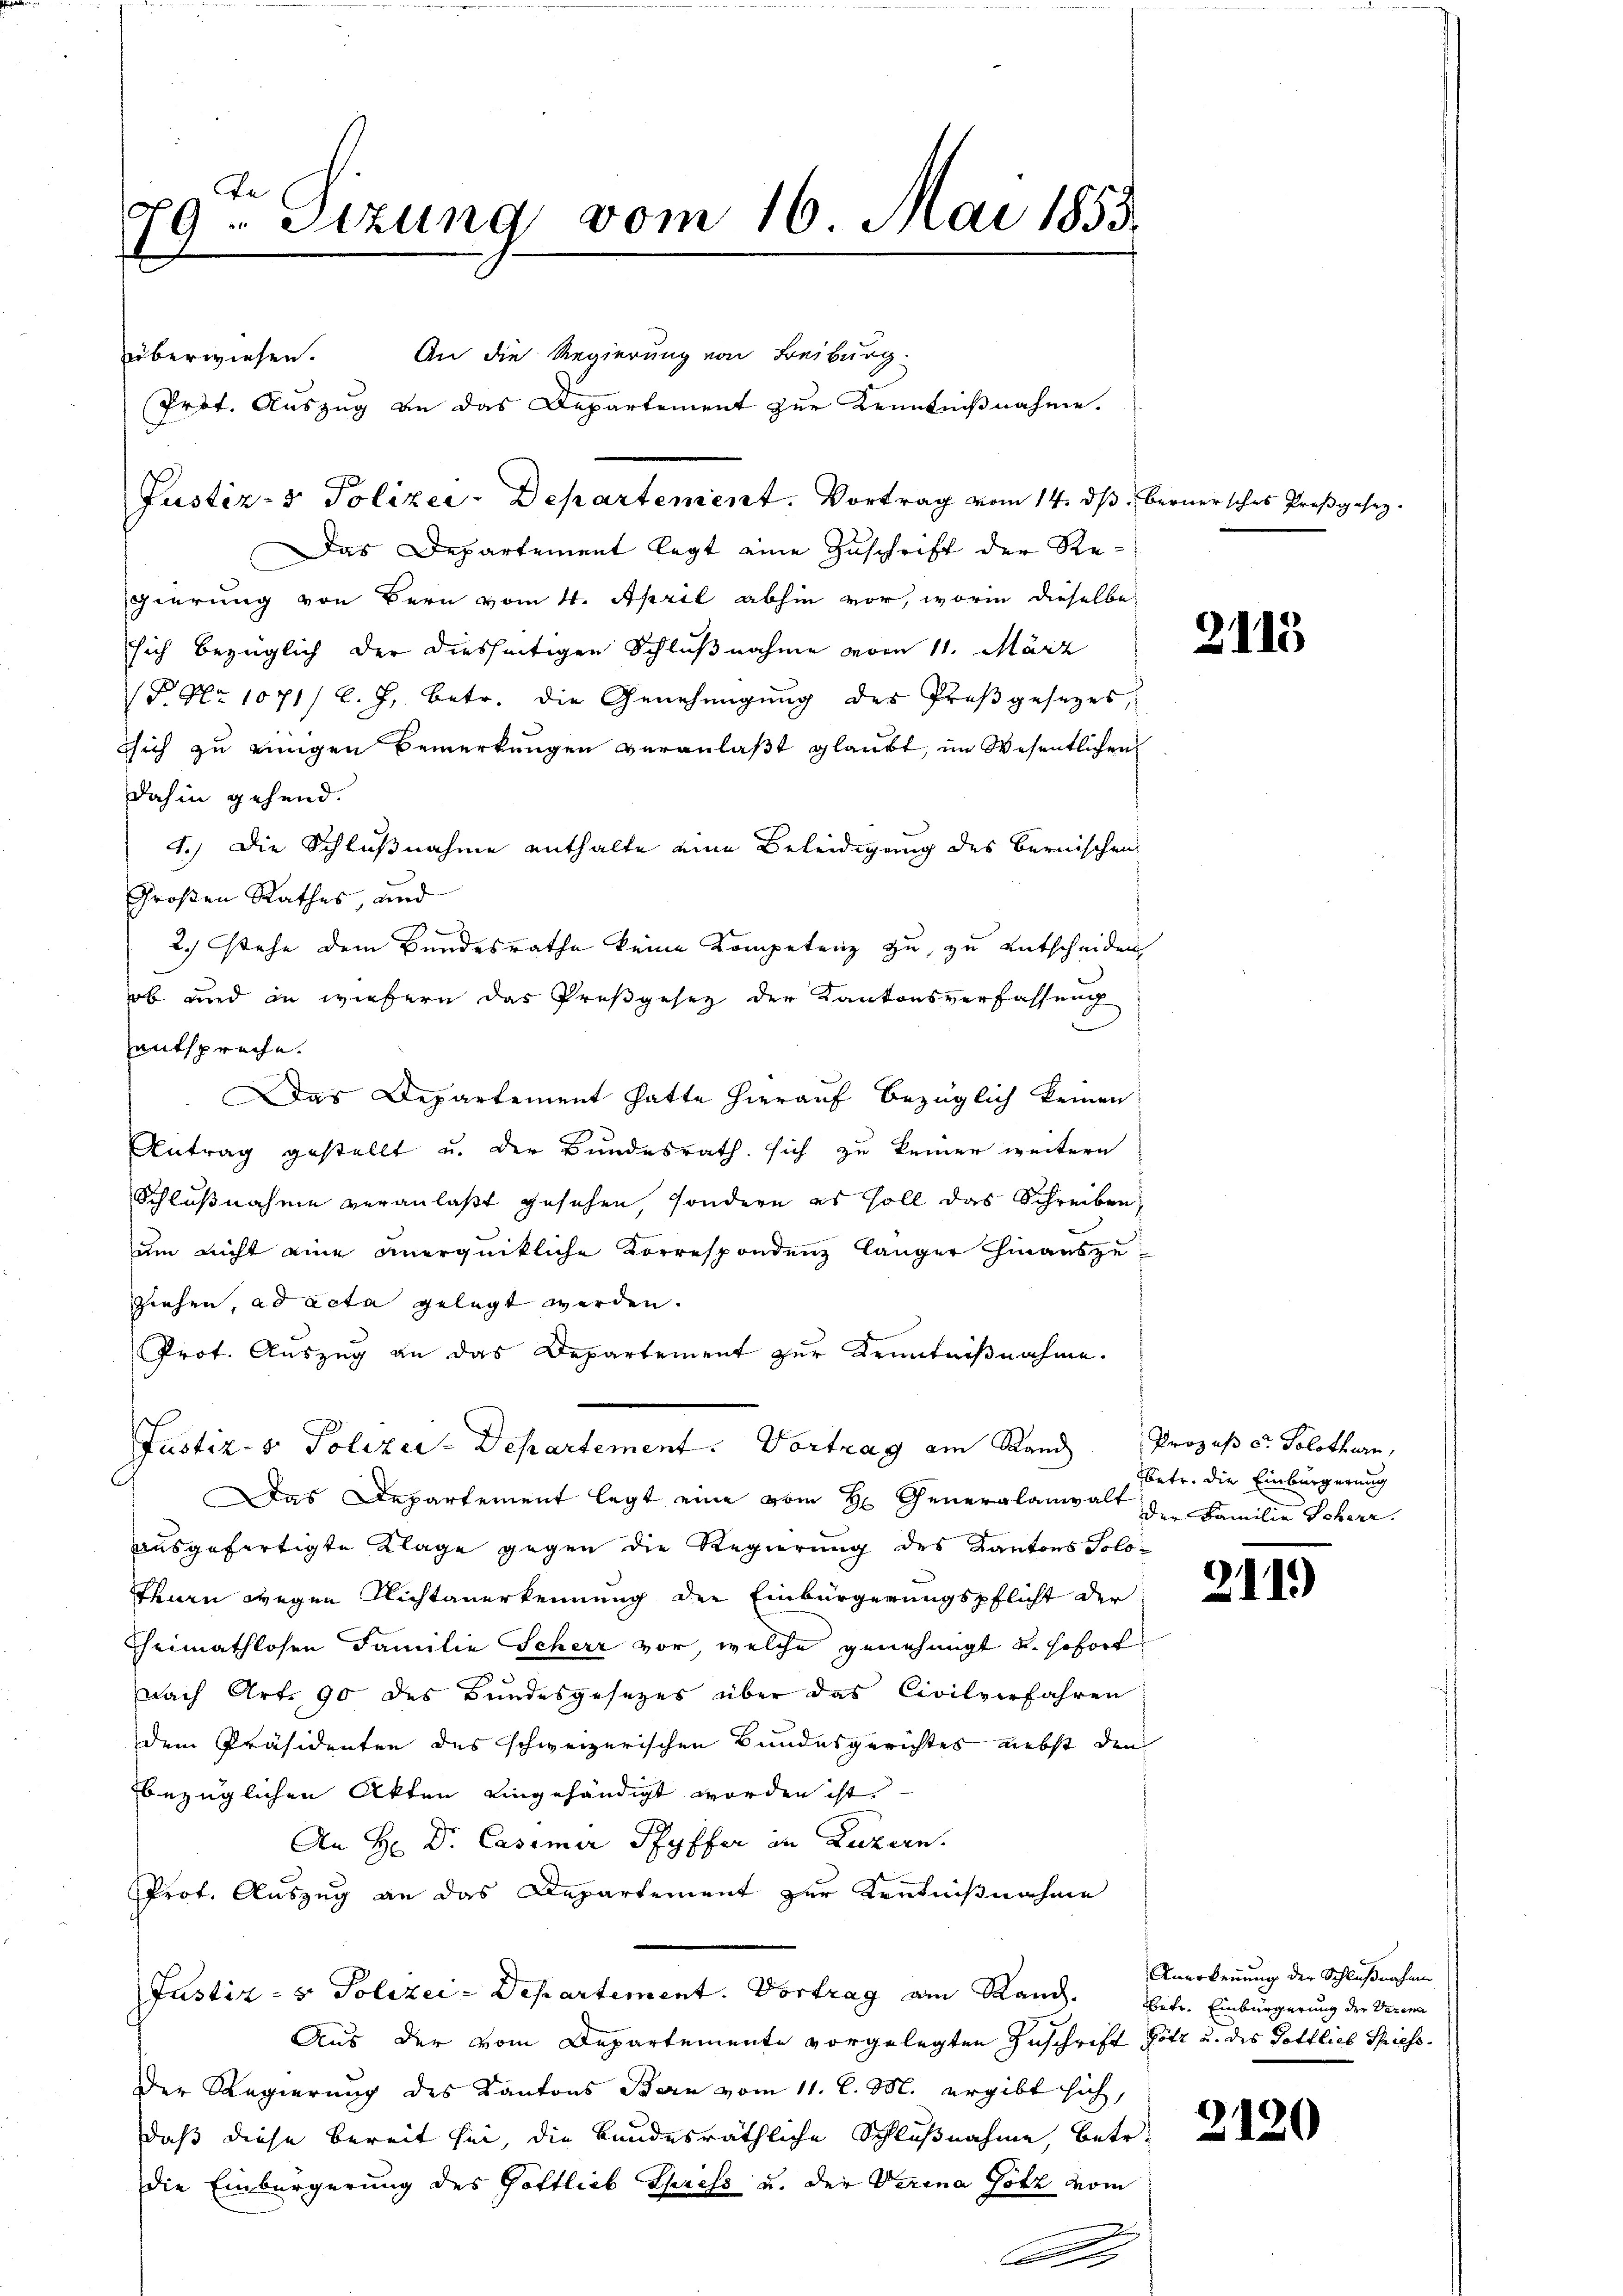
79 " Sizung vom 16. Mai 1853.
s

überwiesen. An die Regierung von Freiburg.
Prot. Auszug an das Departement zur Kenntnißnahme.
Justiz- & Polizei-Departement. Vortrag vom 14. ds. bernersches Preßgesez¬
Das Departement legt eine Zuschrift der Regierung von Bern vom 4. April abhin vor, worin dieselbe
sich bezüglich der diesseitigen Schlußnahme vom 11. März
(P. Nr. 1071/ l. J. betr. die Genehmigung der Preßgesetzes,
ssich zu einigen Bemerkungen veranlaßt glaubt, im Wesentlichen
dahin gehend.
4.) Die Schlußnahme enthalte eine Beleidigung des Bernischen
Großen Rathes, und
2) stehe dem Bundesrathe keine Kompetenz zu, zu entscheiden
ob und in wiedern das Preßgesetz der Kantonsverfassung
entspreche.
Das Departement hatte hierauf bezüglich keinen
Antrag gestellt u. der Bundesrath sich zu keiner weitere
Schlußnahme veranlaßt gesehen, sondern es soll das Schreiben
um nicht eine anerquitliche Korrespondenz länger hinauszuziehen, ad acta gelegt werden.
Prot. Auszug an das Departement zur Kenntnißnahme.
Justiz- & Polizei-Departement. Vortrag am Rand Prozeß er Solothurn,
Das Departement legt eine vom H. Generalanwalt der Familie Scheer.
ausgefertigte Klage gegen die Regierung des Kantons Solo¬
Thurn wegen Nichtanerkennung die Einbürgerungspflicht der
fheimathlosen Familie Scherr vor, welche genehmigt u. sofort
nach Art. 90 des Bundesgesezes über das Civilverfahren
dem Präsidenten des schweizerischen Bundesgerichtes nebst den
bezüglichen Akten eingehändigt worden ist.
An H: Dr. Casimir Pfyffer in Luzern.
Prot. Auszug an das Departement zur Kenntnißnahme
Justiz- & Polizei-Departement. Vortrag am Rand. betr. Einbürgerung der Verena
Aus der vom Departemente vorgelegten Zuschrift Gott u. des Gottlieb Schiess
Der Regierung des Kantons Bern vom 11. l. M. ergibt sich,
daß diese bereit sei, die bundesräthliche Schlußnahme, betr.
die Einbürgerung des Göttlieb Spress u. der Verina Götz vom

2115

betr. die Einbürgerung

2.11.)

Anerkennung der Schlußnahme

2130